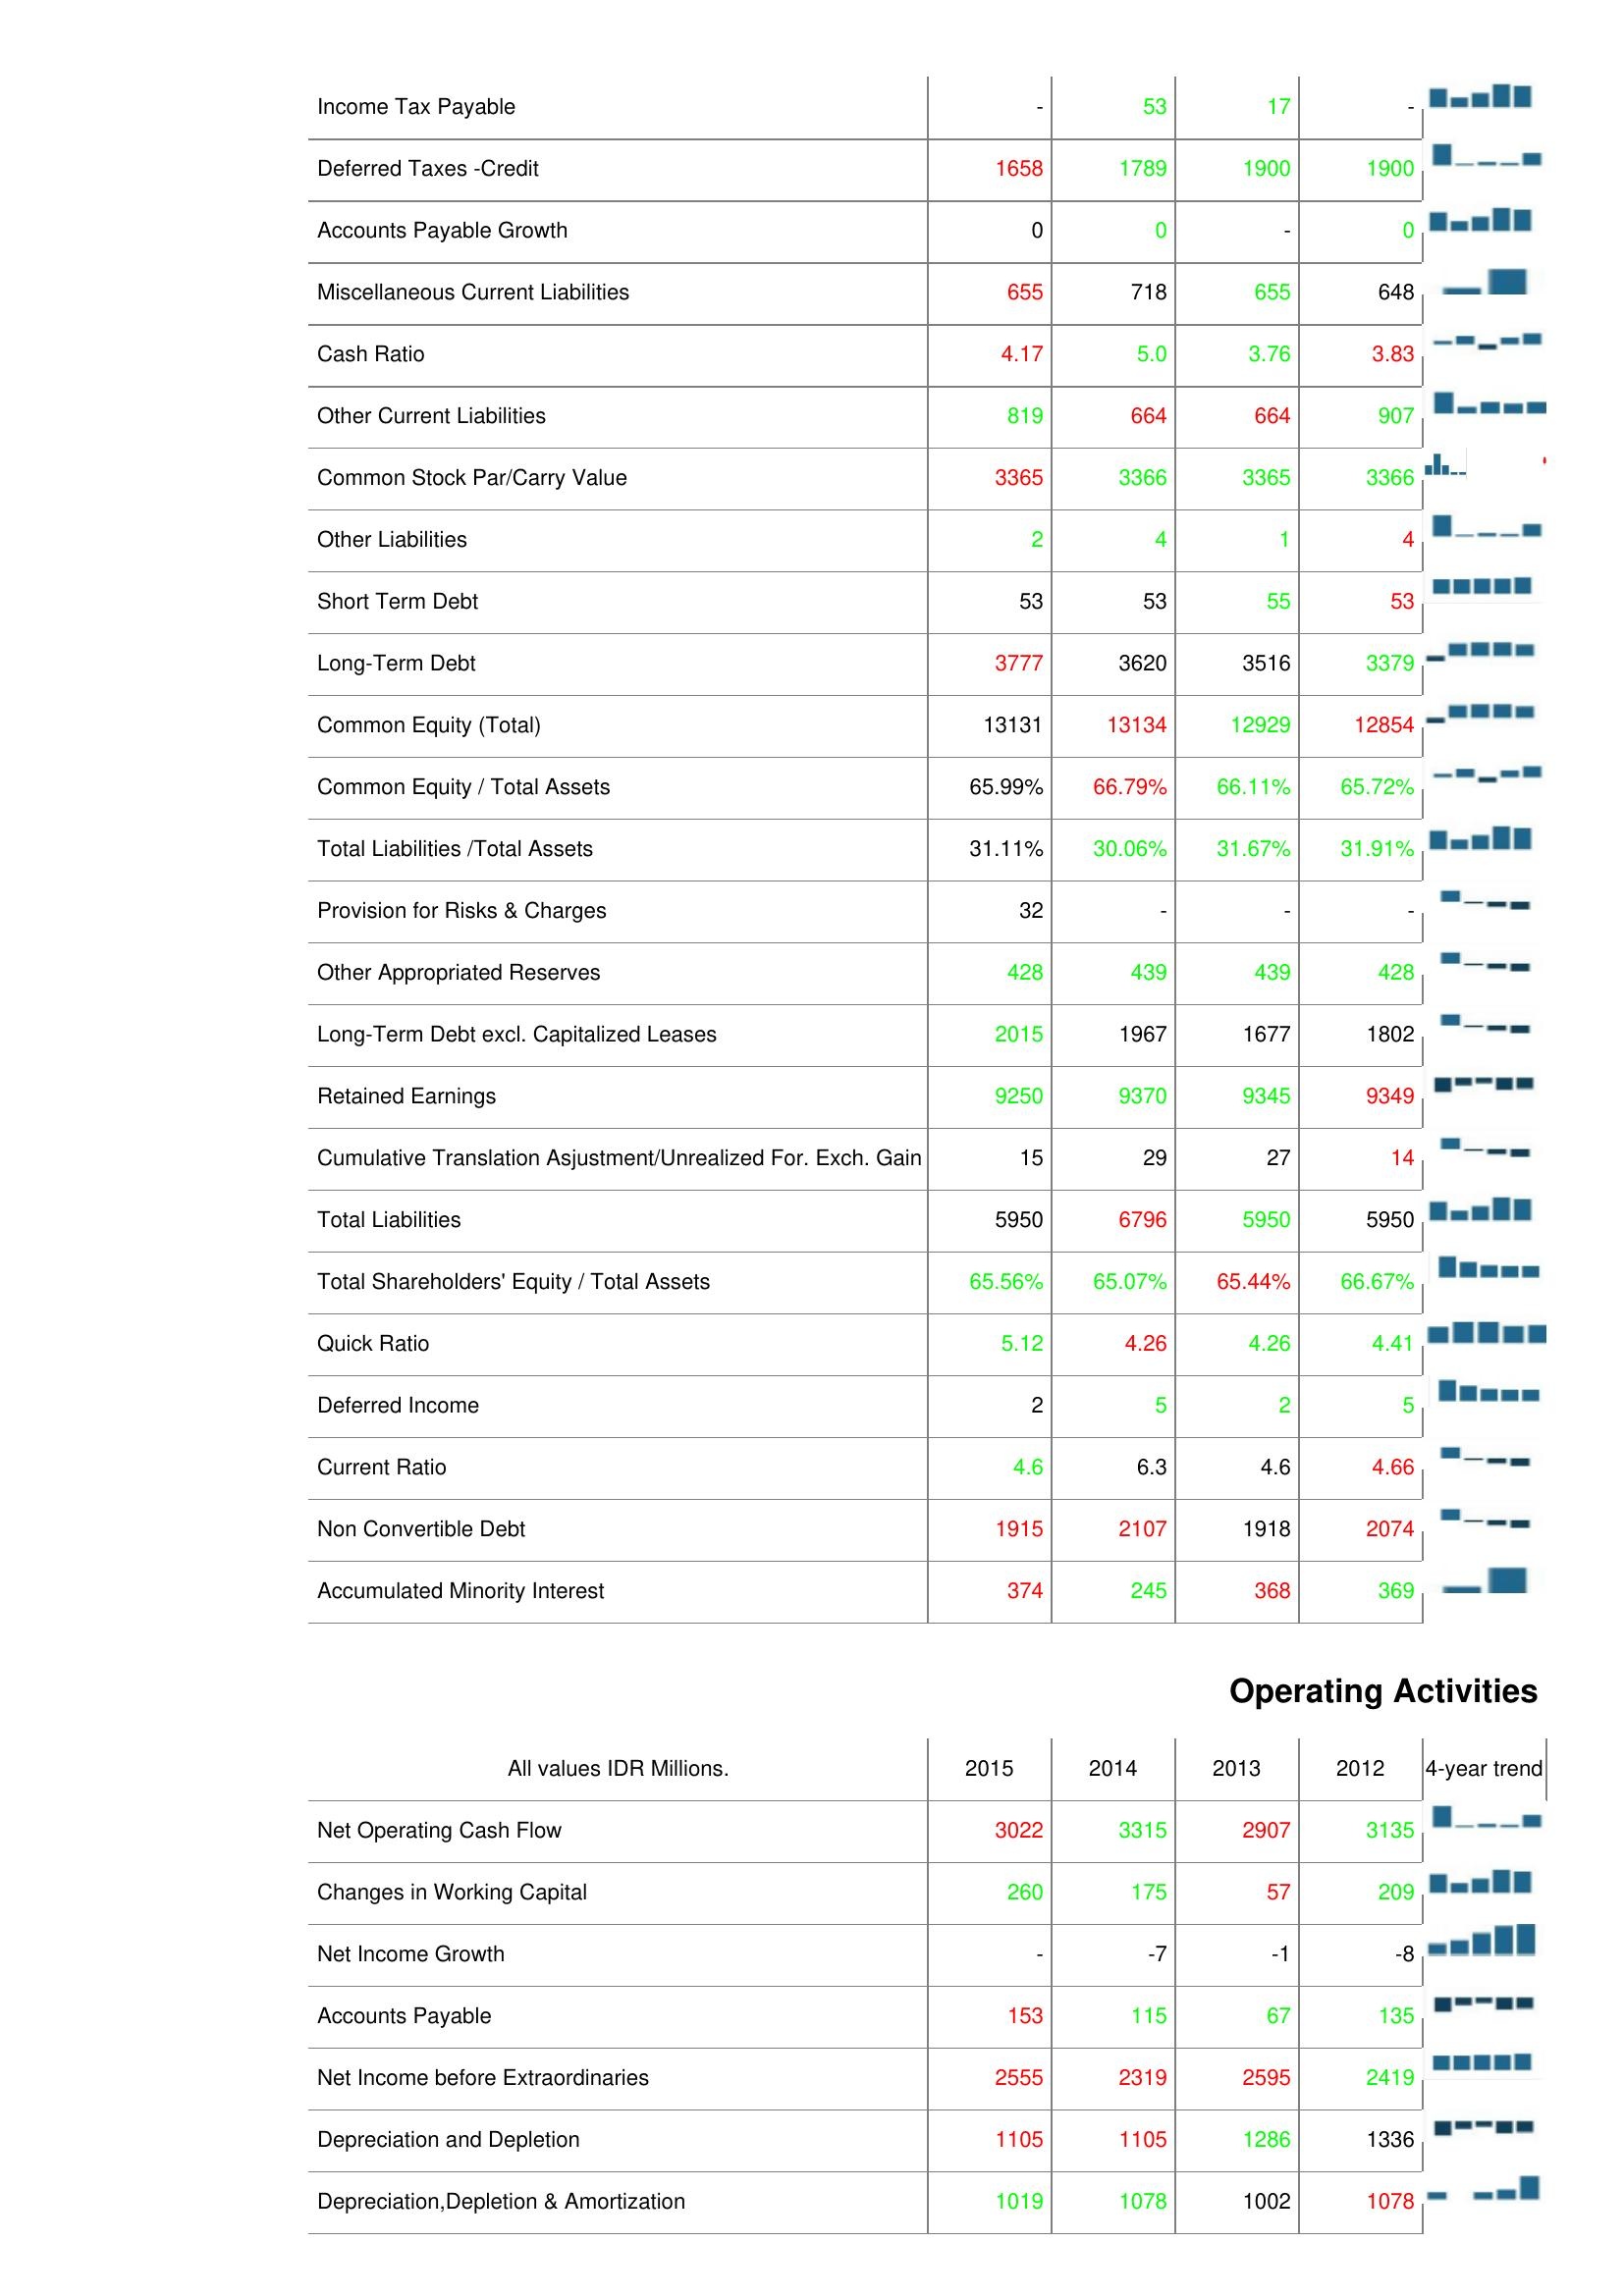
2015: Liabilities & Shareholder's Equity: Income Tax Payable: -
Deferred Taxes -Credit: 1658
Accounts Payable Growth: 0
Miscellaneous Current Liabilities: 655
Cash Ratio: 4.17
Other Current Liabilities: 819
Common Stock Par/Carry Value: 3365
Other Liabilities: 2
Short Term Debt: 53
Long-Term Debt: 3777
Common Equity (Total): 13131
Common Equity / Total Assets: 65.99%
Total Liabilities /Total Assets: 31.11%
Provision for Risks & Charges: 32
Other Appropriated Reserves: 428
Long-Term Debt excl. Capitalized Leases: 2015
Retained Earnings: 9250
Cumulative Translation Asjustment/Unrealized For. Exch. Gain: 15
Total Liabilities: 5950
Total Shareholders' Equity / Total Assets: 65.56%
Quick Ratio: 5.12
Deferred Income: 2
Current Ratio: 4.6
Non Convertible Debt: 1915
Accumulated Minority Interest: 374
Operating Activities: Net Operating Cash Flow: 3022
Changes in Working Capital: 260
Net Income Growth: -
Accounts Payable: 153
Net Income before Extraordinaries: 2555
Depreciation and Depletion: 1105
Depreciation,Depletion & Amortization: 1019
2014: Liabilities & Shareholder's Equity: Income Tax Payable: 53
Deferred Taxes -Credit: 1789
Accounts Payable Growth: 0
Miscellaneous Current Liabilities: 718
Cash Ratio: 5.0
Other Current Liabilities: 664
Common Stock Par/Carry Value: 3366
Other Liabilities: 4
Short Term Debt: 53
Long-Term Debt: 3620
Common Equity (Total): 13134
Common Equity / Total Assets: 66.79%
Total Liabilities /Total Assets: 30.06%
Provision for Risks & Charges: -
Other Appropriated Reserves: 439
Long-Term Debt excl. Capitalized Leases: 1967
Retained Earnings: 9370
Cumulative Translation Asjustment/Unrealized For. Exch. Gain: 29
Total Liabilities: 6796
Total Shareholders' Equity / Total Assets: 65.07%
Quick Ratio: 4.26
Deferred Income: 5
Current Ratio: 6.3
Non Convertible Debt: 2107
Accumulated Minority Interest: 245
Operating Activities: Net Operating Cash Flow: 3315
Changes in Working Capital: 175
Net Income Growth: -7
Accounts Payable: 115
Net Income before Extraordinaries: 2319
Depreciation and Depletion: 1105
Depreciation,Depletion & Amortization: 1078
2013: Liabilities & Shareholder's Equity: Income Tax Payable: 17
Deferred Taxes -Credit: 1900
Accounts Payable Growth: -
Miscellaneous Current Liabilities: 655
Cash Ratio: 3.76
Other Current Liabilities: 664
Common Stock Par/Carry Value: 3365
Other Liabilities: 1
Short Term Debt: 55
Long-Term Debt: 3516
Common Equity (Total): 12929
Common Equity / Total Assets: 66.11%
Total Liabilities /Total Assets: 31.67%
Provision for Risks & Charges: -
Other Appropriated Reserves: 439
Long-Term Debt excl. Capitalized Leases: 1677
Retained Earnings: 9345
Cumulative Translation Asjustment/Unrealized For. Exch. Gain: 27
Total Liabilities: 5950
Total Shareholders' Equity / Total Assets: 65.44%
Quick Ratio: 4.26
Deferred Income: 2
Current Ratio: 4.6
Non Convertible Debt: 1918
Accumulated Minority Interest: 368
Operating Activities: Net Operating Cash Flow: 2907
Changes in Working Capital: 57
Net Income Growth: -1
Accounts Payable: 67
Net Income before Extraordinaries: 2595
Depreciation and Depletion: 1286
Depreciation,Depletion & Amortization: 1002
2012: Liabilities & Shareholder's Equity: Income Tax Payable: -
Deferred Taxes -Credit: 1900
Accounts Payable Growth: 0
Miscellaneous Current Liabilities: 648
Cash Ratio: 3.83
Other Current Liabilities: 907
Common Stock Par/Carry Value: 3366
Other Liabilities: 4
Short Term Debt: 53
Long-Term Debt: 3379
Common Equity (Total): 12854
Common Equity / Total Assets: 65.72%
Total Liabilities /Total Assets: 31.91%
Provision for Risks & Charges: -
Other Appropriated Reserves: 428
Long-Term Debt excl. Capitalized Leases: 1802
Retained Earnings: 9349
Cumulative Translation Asjustment/Unrealized For. Exch. Gain: 14
Total Liabilities: 5950
Total Shareholders' Equity / Total Assets: 66.67%
Quick Ratio: 4.41
Deferred Income: 5
Current Ratio: 4.66
Non Convertible Debt: 2074
Accumulated Minority Interest: 369
Operating Activities: Net Operating Cash Flow: 3135
Changes in Working Capital: 209
Net Income Growth: -8
Accounts Payable: 135
Net Income before Extraordinaries: 2419
Depreciation and Depletion: 1336
Depreciation,Depletion & Amortization: 1078